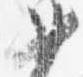
如